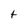
Character: t